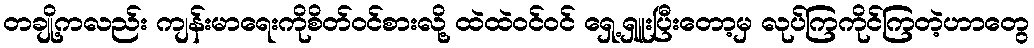
တချို့ကလည်း ကျန်းမာရေးကိုစိတ်ဝင်စားလို့ ထဲထဲဝင်ဝင် ရှေ့ရှူးပြီးတော့မှ လုပ်ကြကိုင်ကြတဲ့ဟာတွေ